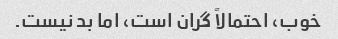
خوب، احتمالاً گران است، اما بد نیست.